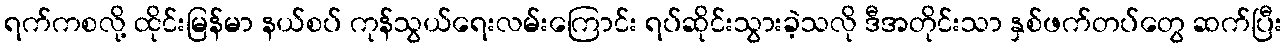
ရက်ကစလို့ ထိုင်းမြန်မာ နယ်စပ် ကုန်သွယ်ရေးလမ်းကြောင်း ရပ်ဆိုင်းသွားခဲ့သလို ဒီအတိုင်းသာ နှစ်ဖက်တပ်တွေ ဆက်ပြီး